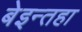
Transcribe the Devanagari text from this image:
बेइन्तहा